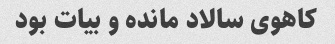
کاهوی سالاد مانده و بیات بود